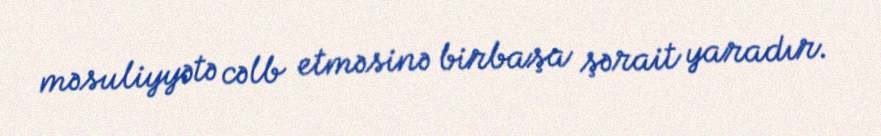
məsuliyyətə cəlb etməsinə birbaşa şərait yaradır.